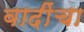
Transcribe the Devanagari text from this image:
वादींचा